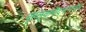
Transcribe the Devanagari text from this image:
वृहलृकमौद्गल्यगोत्रे